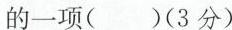
的一项( )(3分)